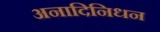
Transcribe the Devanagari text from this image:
अनादिनिधन